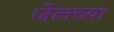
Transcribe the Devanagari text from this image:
जेलच्या